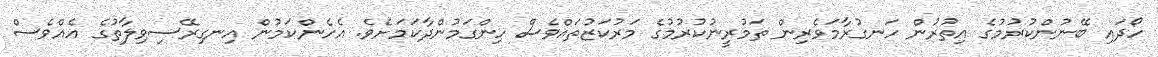
ހޯދައި ބޭނުންކުރުމުގެ އިތުރުން ހަނގުރާމަވެރިން ތަމުރީނުކުރުމުގެ މަރުކަޒުތައްވެސް ހިންގަމުންދާކަމަށެވެ. އެހެންކަމުން އިނގިރޭސިވިލާތުގެ އެއްވެސް